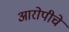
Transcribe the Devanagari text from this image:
आरोपीचे